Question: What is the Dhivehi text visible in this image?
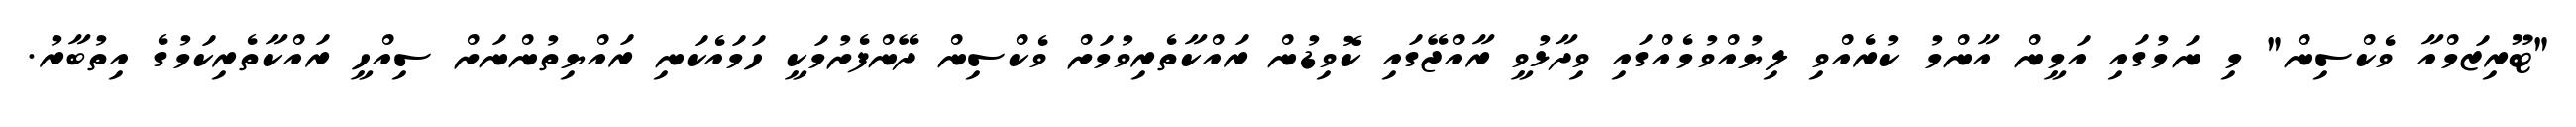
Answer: "ޓޫރިޒަމްއާ ވެކްސިން" މި ނަމުގައި އަމީން އާންމު ކުރެއްވި ލިޔުއްވުމެއްގައި ވިދާޅުވީ ރާއްޖޭގައި ކޮވިޑުން ރައްކާތެރިވުމަށް ވެކްސިން ދޭންފެށުމަކީ ހަމައެކަނި ރައްޔިތުންނަށް ސިއްހީ ރައްކާތެރިކަމުގެ އިތުބާރު.